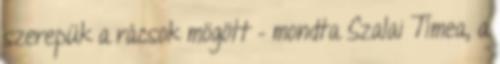
szerepük a rácsok mögött – mondta Szalai Tímea, a